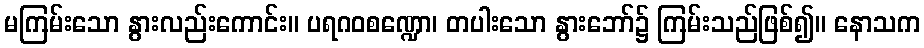
မကြမ်းသော နွားလည်းကောင်း။ ပရဂဝစဏ္ဍော၊ တပါးသော နွားဘော်၌ ကြမ်းသည်ဖြစ်၍။ နောသက